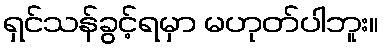
ရှင်သန်ခွင့်ရမှာ မဟုတ်ပါဘူး။